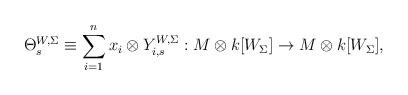
LaTeX: \begin{align*} \Theta_s^{W,\Sigma} \equiv \sum_{i=1}^n x_i \otimes Y_{i,s}^{W,\Sigma}: M \otimes k[W_\Sigma] \to M \otimes k[W_\Sigma], \end{align*}